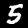
Digit: 5